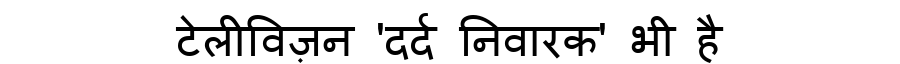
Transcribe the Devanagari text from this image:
टेलीविज़न 'दर्द निवारक' भी है